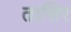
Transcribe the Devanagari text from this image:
तासिर